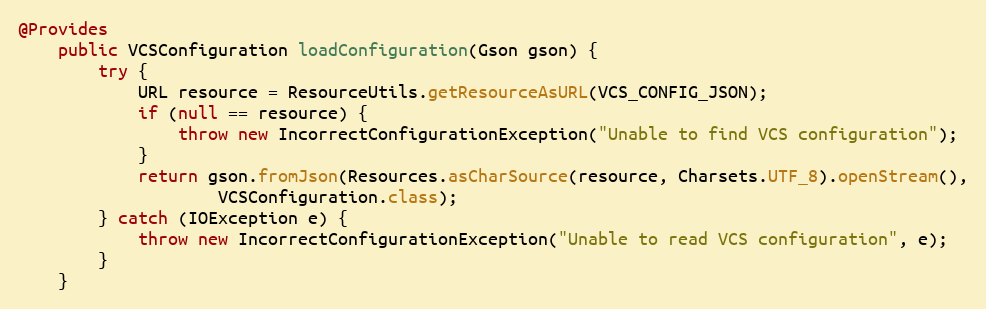
Language: Java
@Provides
    public VCSConfiguration loadConfiguration(Gson gson) {
        try {
            URL resource = ResourceUtils.getResourceAsURL(VCS_CONFIG_JSON);
            if (null == resource) {
                throw new IncorrectConfigurationException("Unable to find VCS configuration");
            }
            return gson.fromJson(Resources.asCharSource(resource, Charsets.UTF_8).openStream(),
                    VCSConfiguration.class);
        } catch (IOException e) {
            throw new IncorrectConfigurationException("Unable to read VCS configuration", e);
        }
    }